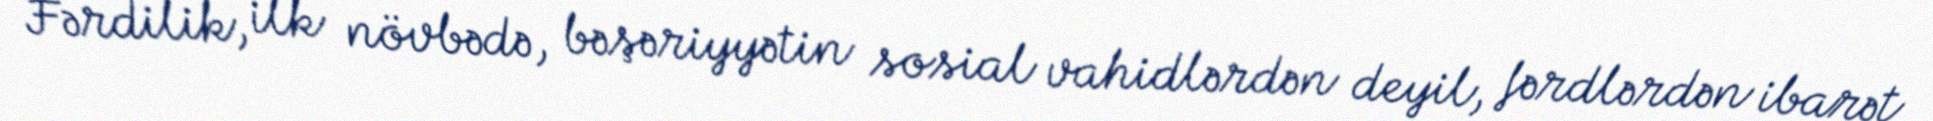
Fərdilik, ilk növbədə, bəşəriyyətin sosial vahidlərdən deyil, fərdlərdən ibarət